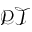
\mathcal { P T }